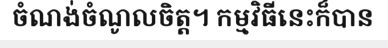
ចំណង់ចំណូលចិត្ត។ កម្មវិធីនេះក៏បាន